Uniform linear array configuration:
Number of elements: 16
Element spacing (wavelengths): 0.25
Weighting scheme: blackman
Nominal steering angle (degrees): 0
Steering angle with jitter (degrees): -0.1852
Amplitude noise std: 0.05
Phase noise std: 0.05

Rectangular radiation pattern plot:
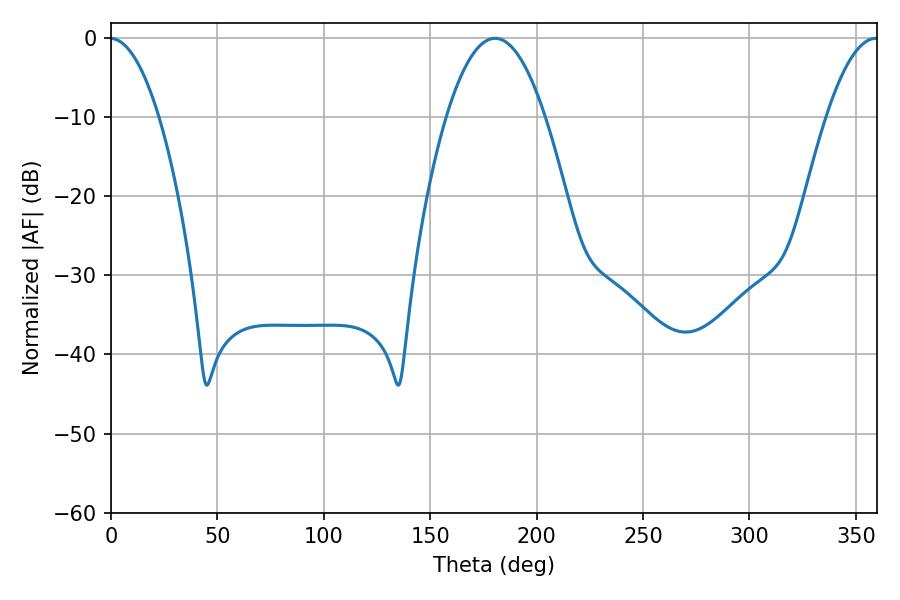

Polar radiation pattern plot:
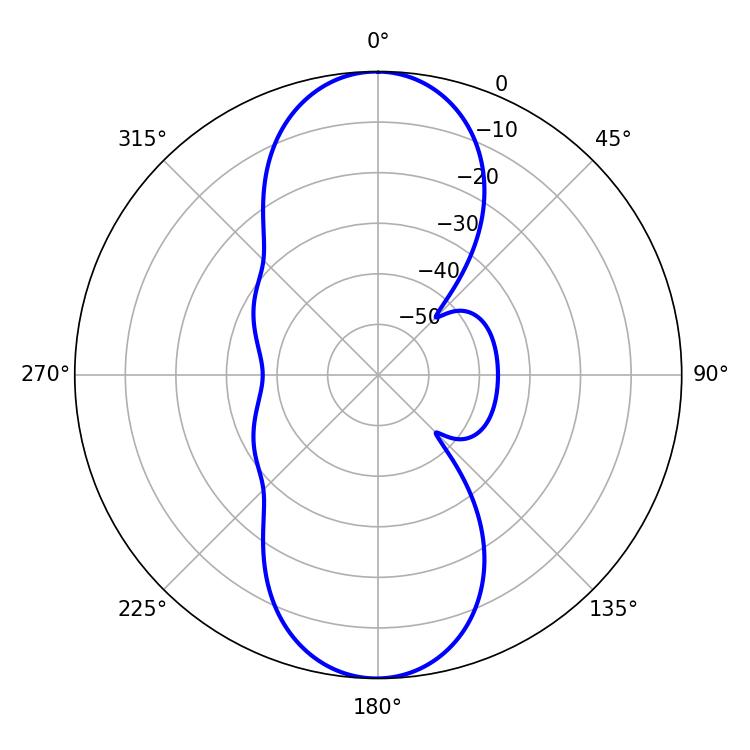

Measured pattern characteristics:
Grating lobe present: FALSE
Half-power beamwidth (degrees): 25.56
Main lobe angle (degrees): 180.54